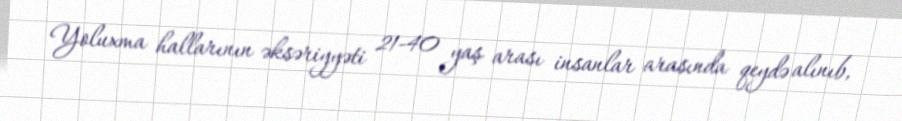
Yoluxma hallarının əksəriyyəti 21-40 yaş arası insanlar arasında qeydə alınıb,